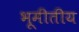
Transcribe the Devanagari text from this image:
भूमीतीय